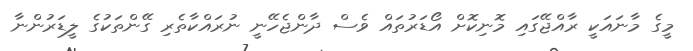
މީގެ މާނައަކީ ރާއްޖޭގައި މޮނިކޮށް އޯޑަރުތައް ވެސް ދާންޖެހޭނީ ނުރައްކާތެރި ގޭންތަކުގެ ލީޑަރުންނާ